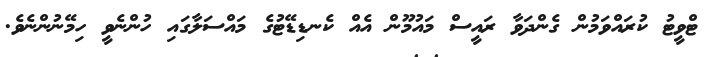
ޓްވީޓު ކުރައްވަމުން ގެންދަވާ ރައީސް މައުމޫން އެއް ކެނޑިޑޭޓުގެ މައްސަލާގައި ހުންނެވީ ހިމޭނުންނެވެ.